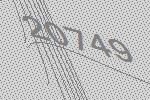
20749